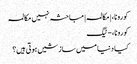
کورونا، | مکالمہ | مباحثہ نہیں مکالمہ
کورونا، - ٹیگ
کیا دنیا میں سازشیں ہوتی ہیں؟